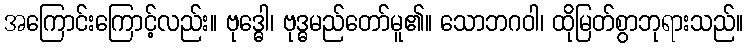
အကြောင်းကြောင့်လည်း။ ဗုဒ္ဓေါ၊ ဗုဒ္ဓမည်တော်မူ၏။ သောဘဂဝါ၊ ထိုမြတ်စွာဘုရားသည်။